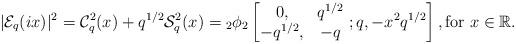
LaTeX: \begin{align*} |\mathcal{E}_{q}(ix)|^{2}=\mathcal{C}_{q}^{2}(x)+q^{1/2}\mathcal{S}_{q}^{2}(x)={}_{2}\phi_{2}\left[\begin{matrix} 0, & q^{1/2} \\ -q^{1/2}, & -q \end{matrix}\ ;q, -x^{2}q^{1/2} \right], \mbox{for } x\in\mathbb{R}. \end{align*}